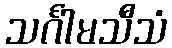
သင်္ဂါမသီသံ